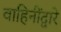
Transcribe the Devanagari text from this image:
वाहिनींद्वारे